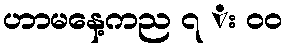
ဟာမနေ့ကည ၇ း ၀၀